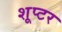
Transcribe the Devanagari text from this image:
शूप्टर